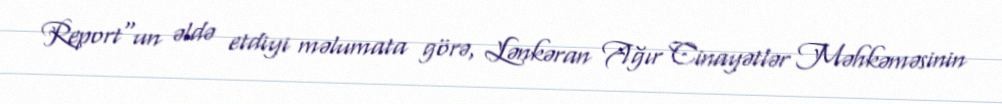
Report"un əldə etdiyi məlumata görə, Lənkəran Ağır Cinayətlər Məhkəməsinin